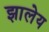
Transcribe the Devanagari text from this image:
झालेय